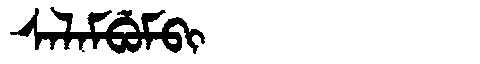
Manchu: ᠰᠠᠯᠠᠮᠪᡠᠮᠪᡳ
Romanization: SALAMBUMBI